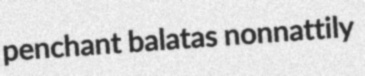
penchant balatas nonnattily